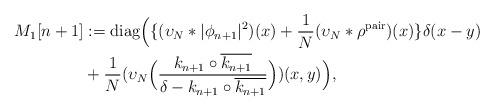
LaTeX: \begin{align*}M_1[n+1] &:= \mathrm{diag}\Big(\{(\upsilon_N\ast|\phi_{n+1}|^2)(x) + \frac{1}{N}(\upsilon_N \ast\rho^\mathrm{pair})(x)\}\delta(x-y)\\&+\frac{1}{N}(\upsilon_N \Big(\frac{k_{n+1}\circ\overline{k_{n+1}}}{\delta - k_{n+1}\circ \overline{k_{n+1}}}\Big))(x,y)\Big),\end{align*}